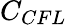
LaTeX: {{C}_{CFL}}